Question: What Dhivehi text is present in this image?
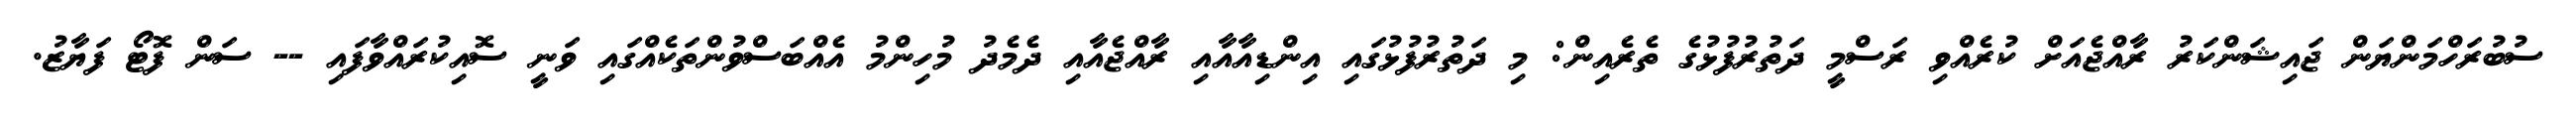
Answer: ސުބުރަހްމަންޔަން ޖައިޝަންކަރު ރާއްޖެއަށް ކުރެއްވި ރަސްމީ ދަތުރުފުޅުގެ ތެރެއިން: މި ދަތުރުފުޅުގައި އިންޑިއާއާއި ރާއްޖެއާއި ދެމެދު މުހިންމު އެއްބަސްވުންތަކެއްގައި ވަނީ ސޮއިކުރައްވާފައި -- ސަން ފޮޓޯ ފަޔާޒު.